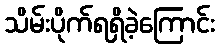
သိမ်းပိုက်ရရှိခဲ့ကြောင်း